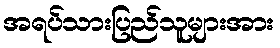
အရပ်သားပြည်သူများအား